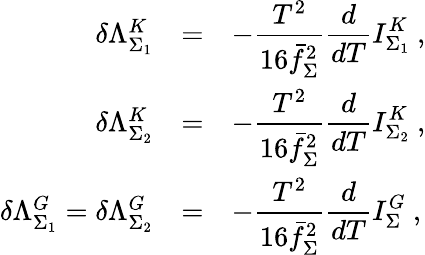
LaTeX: \begin{array}{rcl}{{\delta\Lambda_{\Sigma_{1}}^{K}}}&{{=}}&{{\displaystyle-\frac{T^{2}}{16\bar{f}_{\Sigma}^{2}}\frac{d}{dT}I_{\Sigma_{1}}^{K}~,}}\\ {{\delta\Lambda_{\Sigma_{2}}^{K}}}&{{=}}&{{\displaystyle-\frac{T^{2}}{16\bar{f}_{\Sigma}^{2}}\frac{d}{dT}I_{\Sigma_{2}}^{K}~,}}\\ {{\delta\Lambda_{\Sigma_{1}}^{G}=\delta\Lambda_{\Sigma_{2}}^{G}}}&{{=}}&{{\displaystyle-\frac{T^{2}}{16\bar{f}_{\Sigma}^{2}}\frac{d}{dT}I_{\Sigma}^{G}~,}}\end{array}